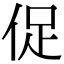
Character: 促